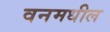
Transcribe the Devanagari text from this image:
वनमधील